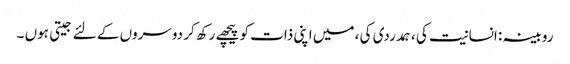
روبینہ : انسانیت کی ، ہمدردی کی ، میں اپنی ذات کو پیچھے رکھ کر دوسروں کے لئے جیتی ہوں ۔